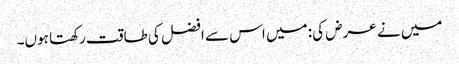
میں نے عرض کی: میں اس سے افضل کی طاقت رکھتا ہوں۔